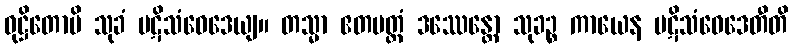
ဝုဋ္ဌိတောပိ သုခံ ပဋိသံဝေဒေယျ။ တသ္မာ ဧတမတ္ထံ ဒဿေန္တော သုခဉ္စ ကာယေန ပဋိသံဝေဒေတီတိ